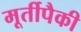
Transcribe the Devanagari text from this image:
मूर्तीपैकी